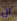
ان